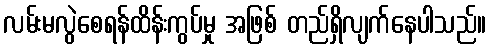
လမ်းမလွဲစေရန်ထိန်းကွပ်မှု အဖြစ် တည်ရှိလျက်နေပါသည်။